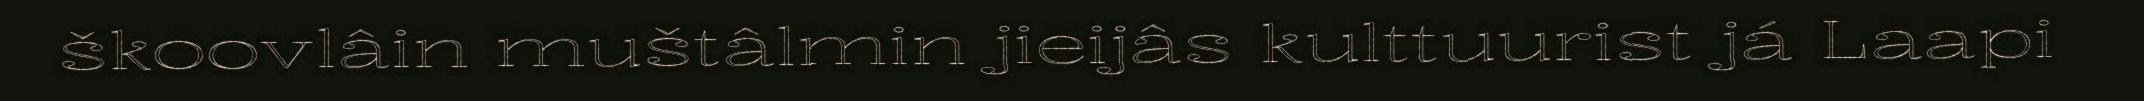
škoovlâin muštâlmin jieijâs kulttuurist já Laapi